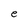
Character: e